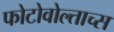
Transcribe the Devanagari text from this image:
फोटोवोल्ताच्स